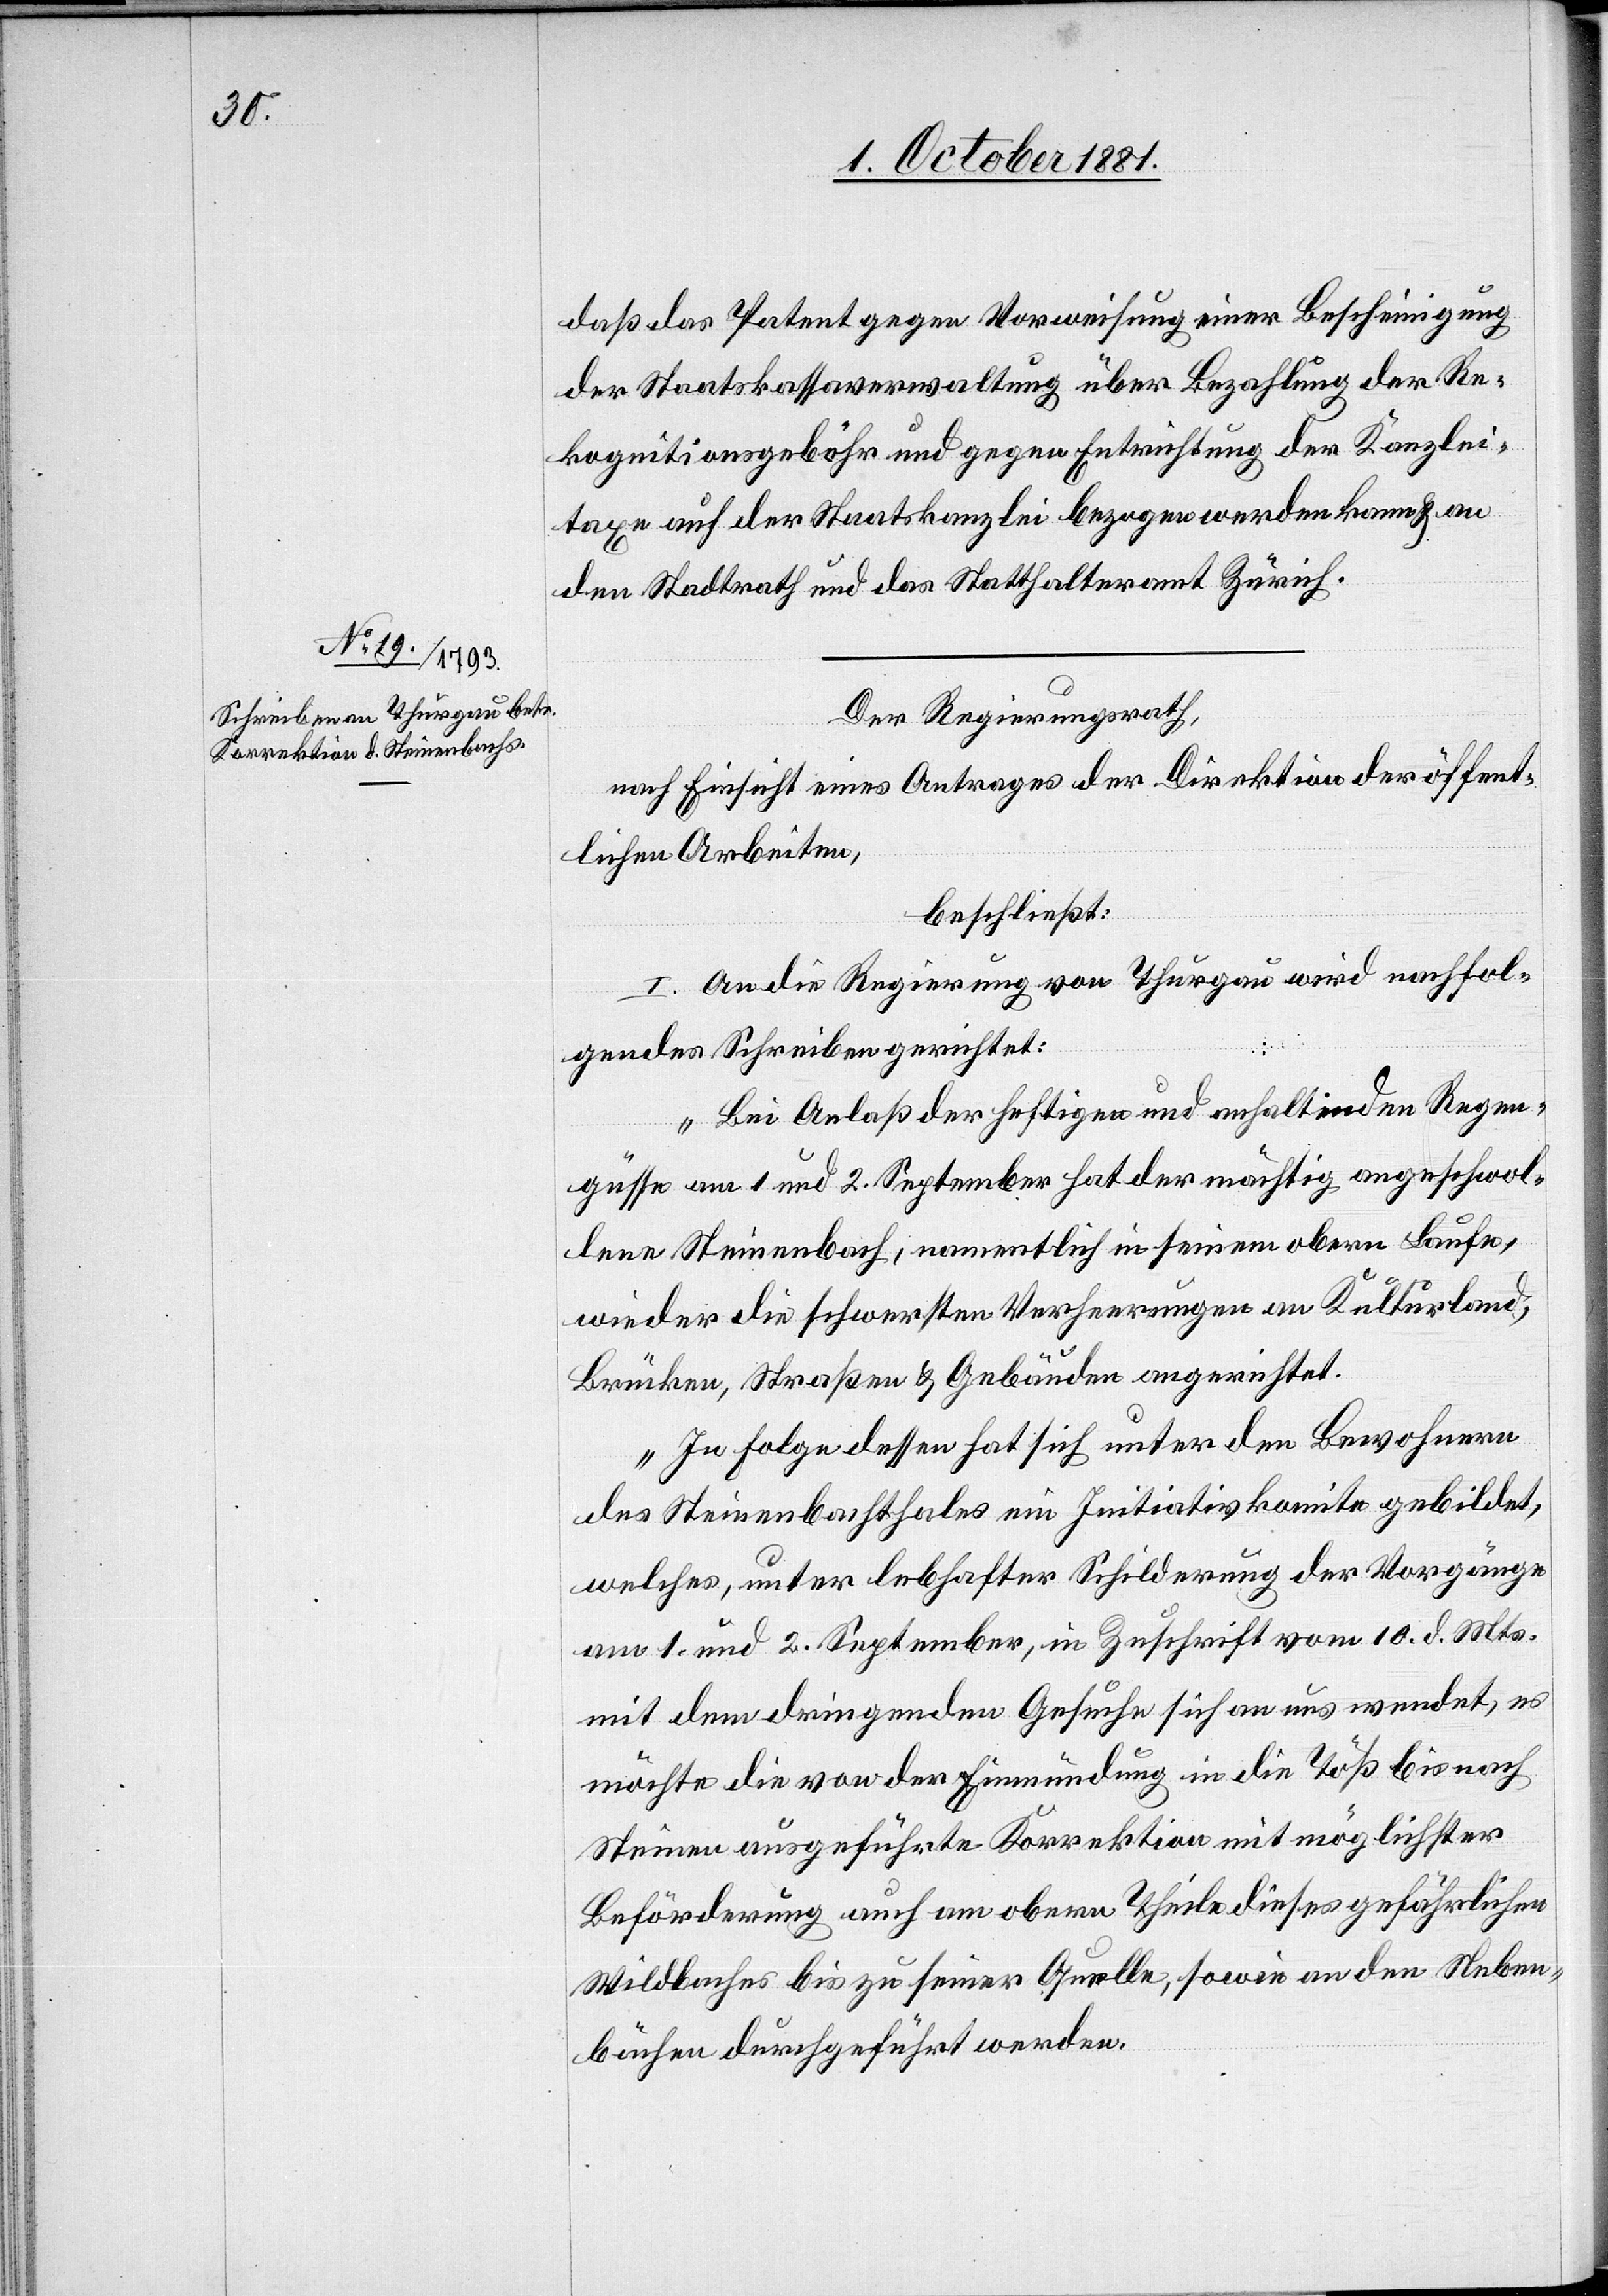
daß das Patent gegen Vorweisung einer Bescheinigung
der Staatskassaverwaltung über Bezahlung der Re¬
kognitionsgebühr und gegen Entrichtung der Kanzlei¬
taxe auf der Staatskanzlei bezogen werden kann & an
den Stadtrath und das Statthalteramt Zürich.
Der Regierungsrath,
nach Einsicht eines Antrages der Direktion der öffent¬
lichen Arbeiten,
beschließt:
I. An die Regierung von Thurgau wird nachfol¬
gendes Schreiben gerichtet:
„Bei Anlaß der heftigen und anhaltenden Regen¬
güsse am 1[.] und 2. September hat der mächtig angeschwol¬
lene Steinenbach, namentlich in seinem obern Laufe,
wieder die schwersten Verheerungen an Kulturland,
Brücken, Straßen & Gebäuden angerichtet.
In Folge dessen hat sich unter den Bewohnern
des Steinenbachthales ein Initiativkomite gebildet,
welches, unter lebhafter Schilderung der Vorgänge
am 1. und 2. September, in Zuschrift vom 1. d. Mts.
mit dem dringenden Gesuche sich an uns wendet, es
möchte die von der Einmündung in die Töß bis nach
Steinen ausgeführte Korrektion mit möglichster
Beförderung auch am obern Theile dieses gefährlichen
Wildbaches bis zu seiner Quelle, sowie an den Neben¬
bächen durchgeführt werden.